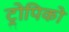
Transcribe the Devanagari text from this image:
ट्रोपिको